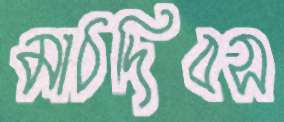
মাঠদিবস